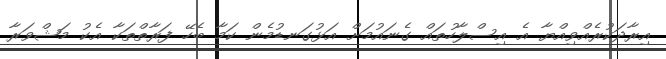
އިރާދަކުރެއްވިއްޔާ އެ އިސްލާހުތައް ގެނައުމަށް އަޅުގަނޑުމެން ކަމާ ބެހޭ ފަރާތްތަކާ އެކު މަޝްވަރާ